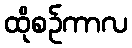
ထိုစဉ်ကာလ